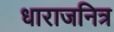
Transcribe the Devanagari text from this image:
धाराजनित्र